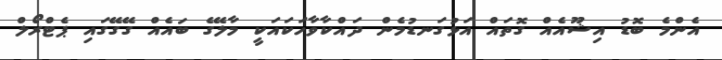
އެންމެ ބޮޑު އިޝޫއެއް ގޮތައް އަޅުގަނޑުމެން ދައްކާވާހަކައަކީ މާލޭގެ ބައެއް ގޭގޭގައި ޕެޓްރޯލް